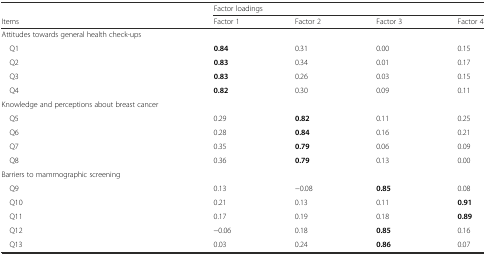
<table><thead><tr><td>[EMPTY_CELL]</td><td colspan="4"><b>Factor loadings</b></td></tr><tr><td><b>Items</b></td><td><b>Factor 1</b></td><td><b>Factor 2</b></td><td><b>Factor 3</b></td><td><b>Factor 4</b></td></tr></thead><tbody><tr><td>Attitudes towards general health check-ups</td><td>[EMPTY_CELL]</td><td>[EMPTY_CELL]</td><td>[EMPTY_CELL]</td><td>[EMPTY_CELL]</td></tr><tr><td> Q1</td><td><b>0.84</b></td><td>0.31</td><td>0.00</td><td>0.15</td></tr><tr><td> Q2</td><td><b>0.83</b></td><td>0.34</td><td>0.01</td><td>0.17</td></tr><tr><td> Q3</td><td><b>0.83</b></td><td>0.26</td><td>0.03</td><td>0.15</td></tr><tr><td> Q4</td><td><b>0.82</b></td><td>0.30</td><td>0.09</td><td>0.11</td></tr><tr><td>Knowledge and perceptions about breast cancer</td><td>[EMPTY_CELL]</td><td>[EMPTY_CELL]</td><td>[EMPTY_CELL]</td><td>[EMPTY_CELL]</td></tr><tr><td> Q5</td><td>0.29</td><td><b>0.82</b></td><td>0.11</td><td>0.25</td></tr><tr><td> Q6</td><td>0.28</td><td><b>0.84</b></td><td>0.16</td><td>0.21</td></tr><tr><td> Q7</td><td>0.35</td><td><b>0.79</b></td><td>0.06</td><td>0.09</td></tr><tr><td> Q8</td><td>0.36</td><td><b>0.79</b></td><td>0.13</td><td>0.00</td></tr><tr><td>Barriers to mammographic screening</td><td>[EMPTY_CELL]</td><td>[EMPTY_CELL]</td><td>[EMPTY_CELL]</td><td>[EMPTY_CELL]</td></tr><tr><td> Q9</td><td>0.13</td><td>−0.08</td><td><b>0.85</b></td><td>0.08</td></tr><tr><td> Q10</td><td>0.21</td><td>0.13</td><td>0.11</td><td><b>0.91</b></td></tr><tr><td> Q11</td><td>0.17</td><td>0.19</td><td>0.18</td><td><b>0.89</b></td></tr><tr><td> Q12</td><td>−0.06</td><td>0.18</td><td><b>0.85</b></td><td>0.16</td></tr><tr><td> Q13</td><td>0.03</td><td>0.24</td><td><b>0.86</b></td><td>0.07</td></tr></tbody></table>